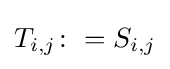
T_{i,j}\colon =S_{i,j}